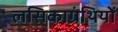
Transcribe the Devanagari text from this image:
लसिकाग्रंथियों